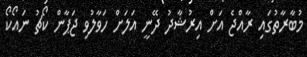
މުބާރާތުގައި ރާއްޖެ އަށް އިރުޝާދު ދޭނީ އަލަށް ހަވާލުވި ޖަޕާން ކޯޗު ނައޯކޯ